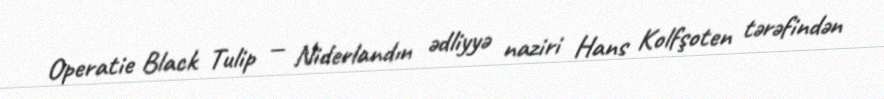
Operatie Black Tulip — Niderlandın ədliyyə naziri Hans Kolfşoten tərəfindən